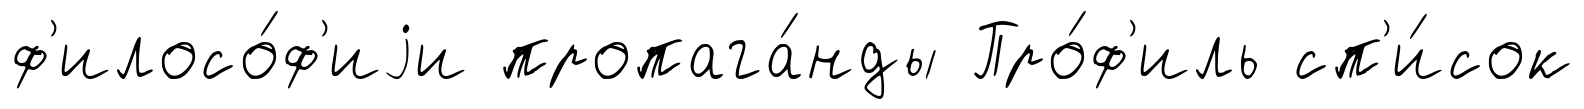
ф'илосо́ф'иjи пропага́нды Про́ф'иль сп'и́сок